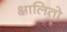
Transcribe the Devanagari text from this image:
क्षालितो